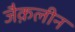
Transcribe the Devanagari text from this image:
जैक़लीन